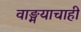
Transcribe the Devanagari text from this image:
वाङ्मयाचाही